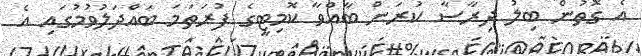
އެ ގޮތުން ބިލު ދިރާސާ ކުރަން ބާއްވާ ކޮމިޓީގެ ފުރަތަމަ ބައްދަލުވުމުގައި އެ